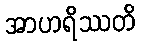
အာဟရိဿတိ